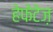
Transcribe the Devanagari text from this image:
हेफेटेज़